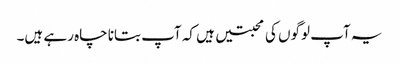
یہ آپ لوگوں کی محبتیں ہیں کہ آپ بتانا چاہ رہے ہیں۔